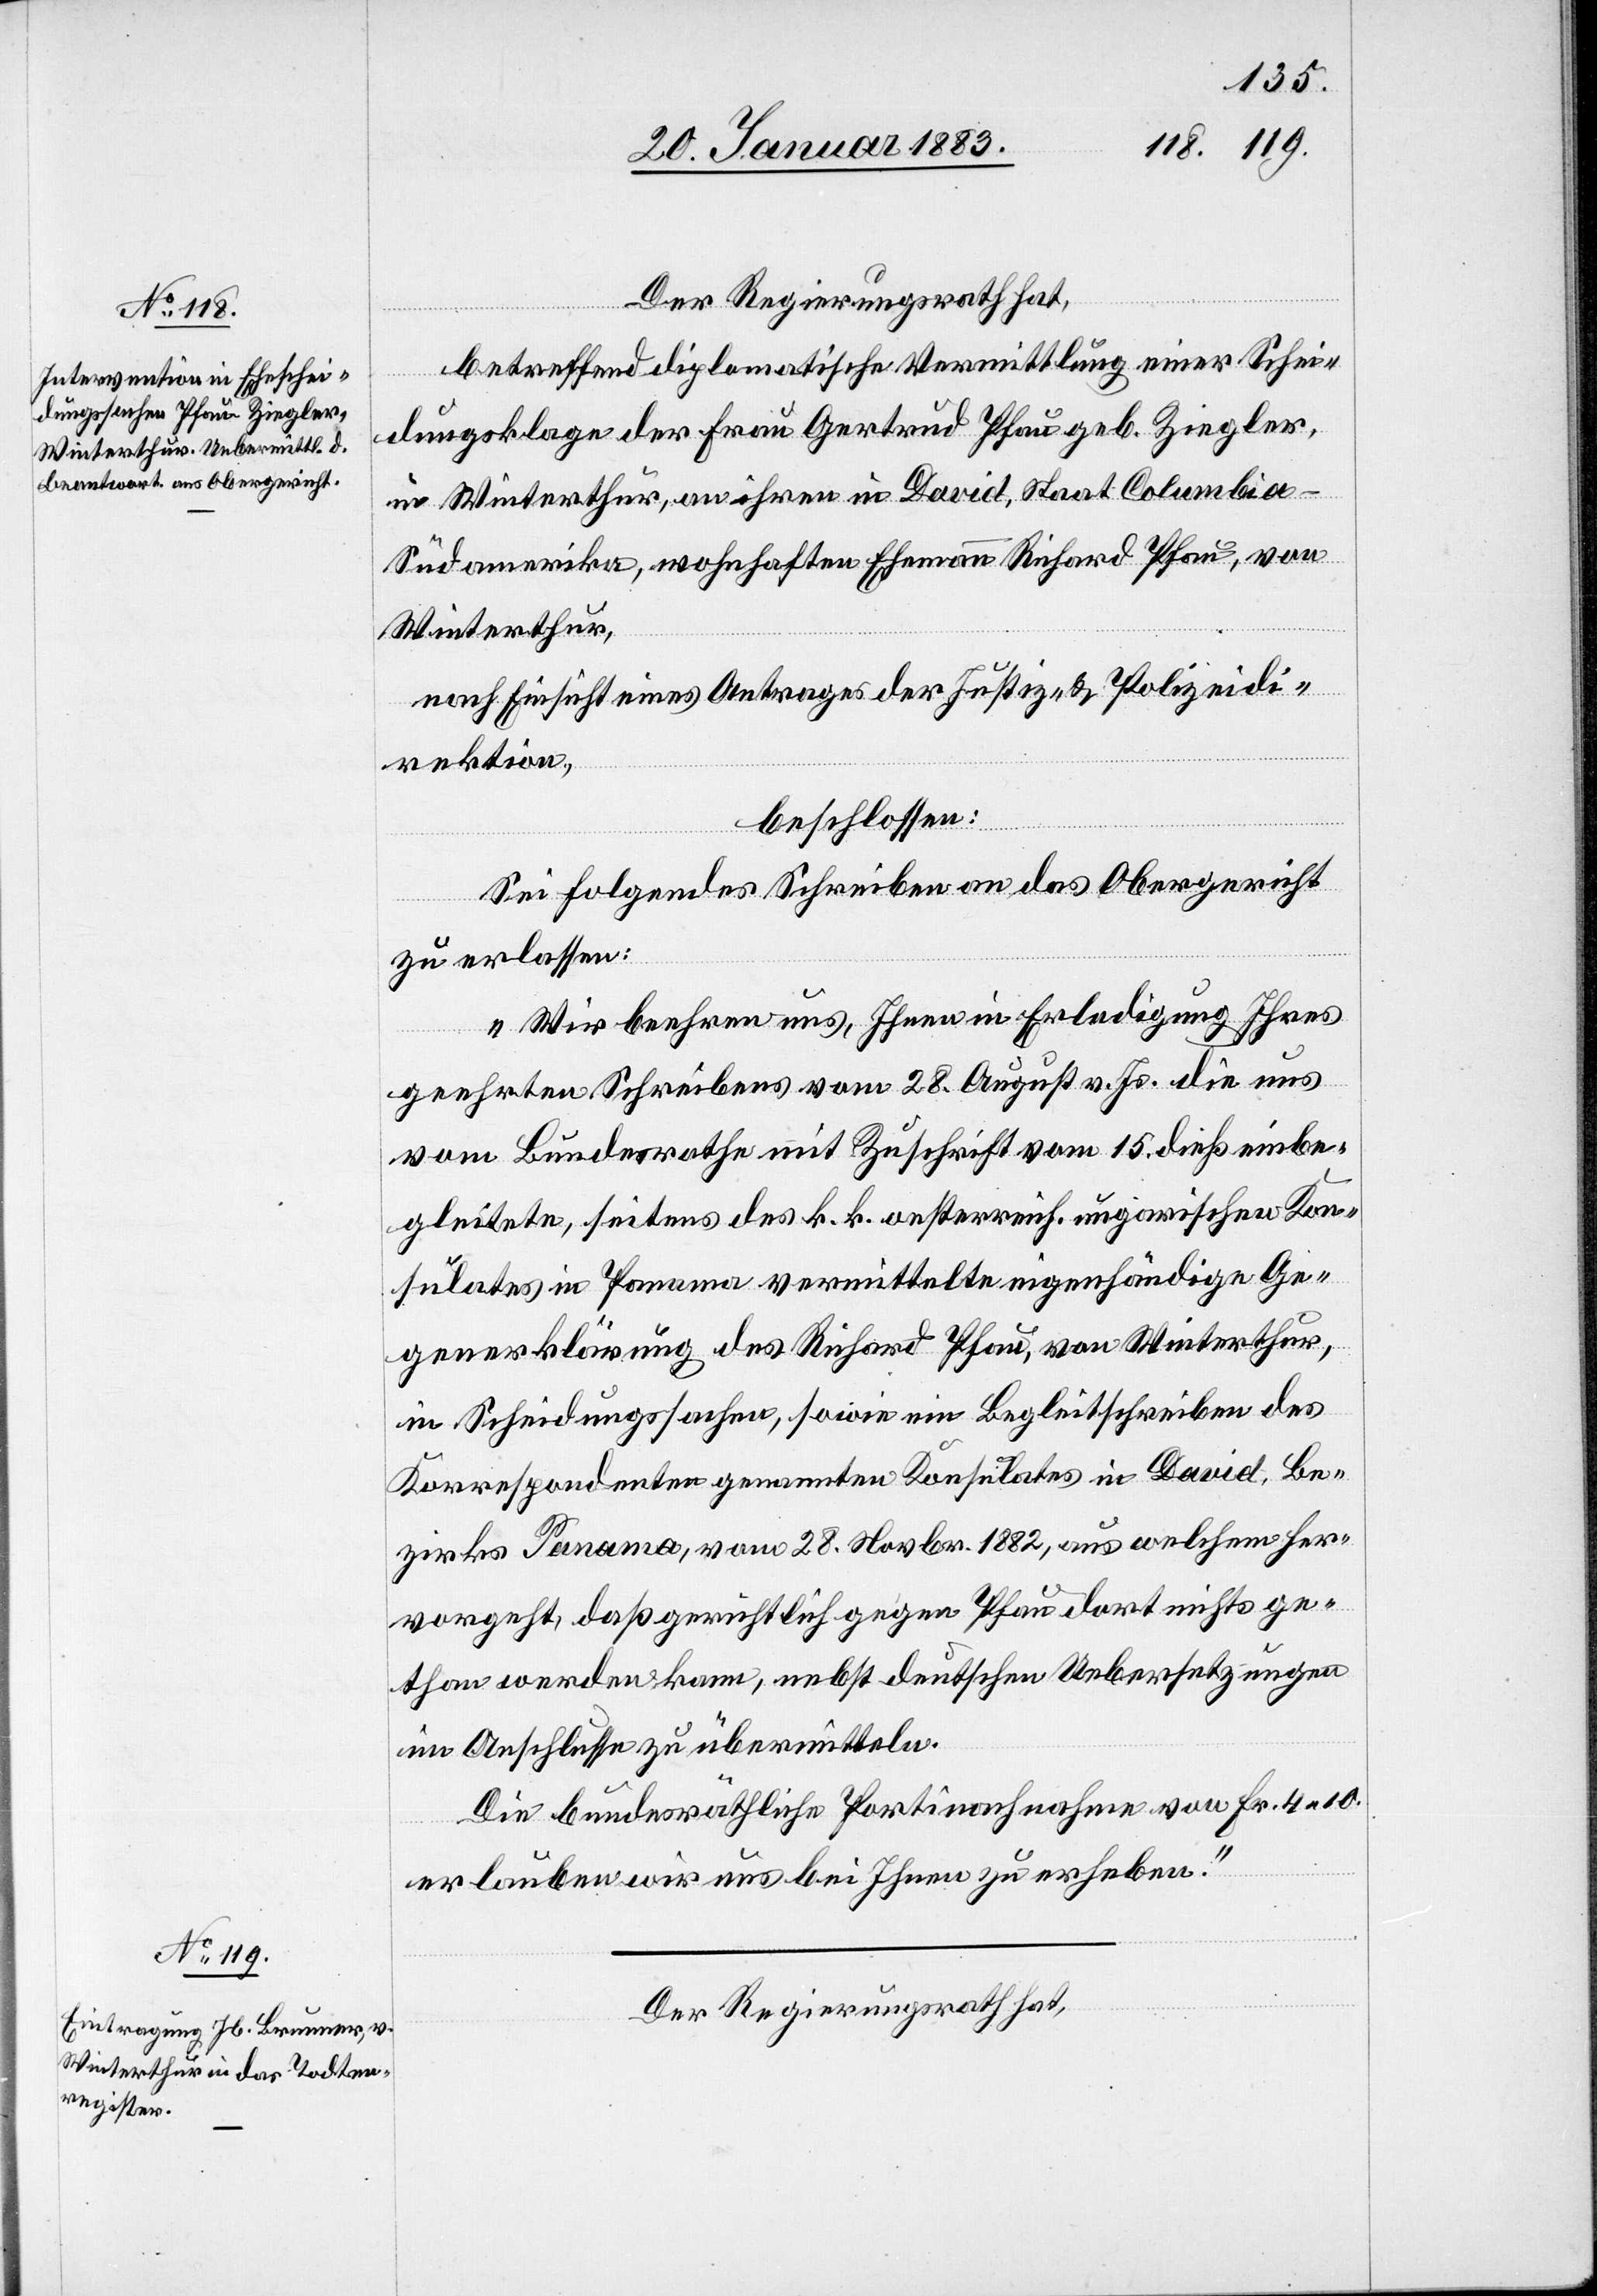
Der Regierungsrath hat,
betreffend diplomatische Uebermittlung einer Schei¬
dungsklage der Frau Gertrud Pfau geb. Ziegler,
in Winterthur, an ihren in David, Staat Columbia
Südamerika, wohnhaften Ehemann Richard Pfau, von
Winterthur,
nach Einsicht eines Antrages der Justiz- & Polizeidi¬
rektion,
beschlossen:
Sei folgendes Schreiben an das Obergericht
zu erlassen:
„Wir beehren uns, Ihnen in Erledigung Ihres
geehrten Schreibens vom 28. August v. Js. die uns
vom Bundesrathe mit Zuschrift vom 15. dieß einbe¬
gleitete, seitens des k. k. oesterreich. ungarischen Kon¬
sulates in Panama vermittelte eigenhändige Ge¬
generklärung des Richard Pfau, von Winterthur,
in Scheidungssachen, sowie ein Begleitschreiben des
Korrespondenten genannten Konsulates in David, Be¬
zirks Panama, vom 28. Novbr. 1882, aus welchem her¬
vorgeht, daß gerichtlich gegen Pfau dort nichts ge¬
than werden kann, nebst deutschen Uebersetzungen
im Anschlusse zu übermitteln.
Die bundesräthliche Portinachnahme von Fr. 4 10
erlauben wir uns bei Ihnen zu erheben.“
Der Regierungsrath hat,